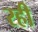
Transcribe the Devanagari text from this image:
रही